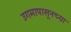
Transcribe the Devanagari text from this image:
उगमापासूनच्या